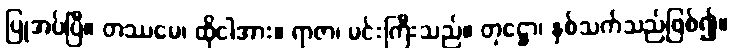
ပြုအပ်ပြီ။ တဿမေ၊ ထိုငါအား။ ရာဇာ၊ မင်းကြီးသည်။ တုဋ္ဌော၊ နှစ်သက်သည်ဖြစ်၍။